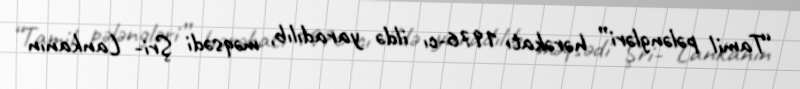
“Tamil pələngləri” hərəkatı 1976-cı ildə yaradılıb, məqsədi Şri- Lankanın